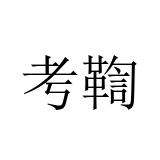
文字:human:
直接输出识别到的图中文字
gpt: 考鞫